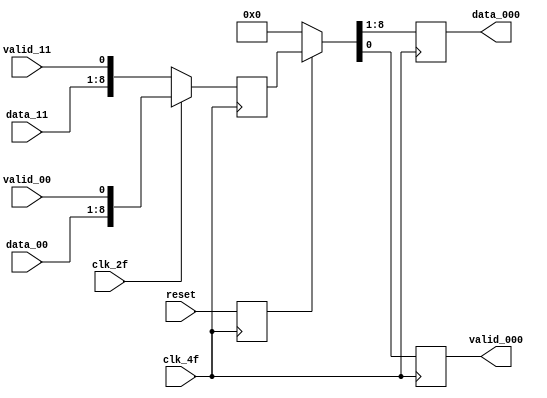
/* CREADOR: FREDDY ZUNIGA CERDAS PARA EL PROYECTO 1 DE
 CIRCUITOS DIGITALES II I SEMESTRE 2021.
 
 ESTE MODULO SE ENCARGA DE PASAR 2 LINEA DE DATOS PARALELOS A 
 1 LINEA DE DATOS SERIAL DUPLICANDO LA FRECUENCIA.
 
 LAS SALIDAS YA SALEN SINCRONIZADAS AL FLANCO ALTO DEL clk_4f
 */

module mux2x1_8bits( output reg [7:0] data_000,
		     output reg       valid_000,
		     input wire [7:0] data_00, data_11,
		     input wire       valid_00, valid_11,
		     input wire clk_4f, clk_2f, reset );

   wire [8:0] 			paq_0_x;
   wire [8:0] 			paq_1_x;
   reg [8:0] 			paq_000;
   reg 				reset_s;
   
   
   
   always @( posedge clk_4f ) begin
      reset_s <= reset;
   end
   

   assign paq_0_x = {data_00,valid_00};
   assign paq_1_x = {data_11,valid_11};

   always @( negedge clk_4f ) begin
      if( !clk_2f ) begin
	 paq_000 <= paq_1_x;
      end
      else begin
	 paq_000 <= paq_0_x;
      end
   end // always @ ( negedge clk_2f )

   always @( posedge clk_4f ) begin
      if( reset_s ) begin
	 {data_000,valid_000} <= paq_000;
      end
      else begin
	 {data_000,valid_000} <= 9'b0;
      end
   end  
 
endmodule // mux4x2_8bits